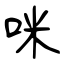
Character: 咪